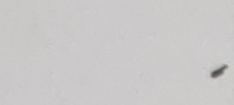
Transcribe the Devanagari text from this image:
रु